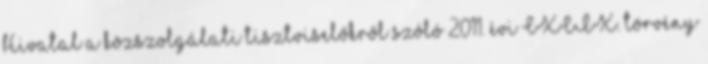
Hivatal a közszolgálati tisztviselőkről szóló 2011. évi CXCIX. törvény